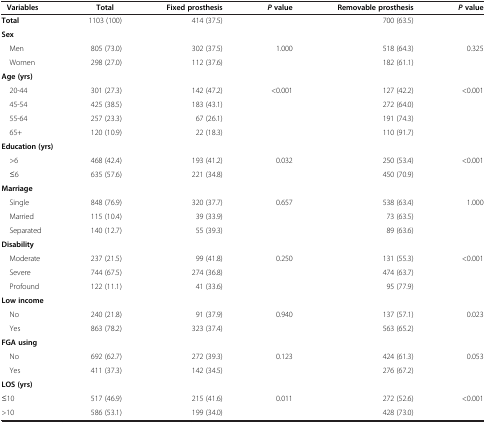
<table><thead><tr><td><b> Variables</b></td><td><b>Total</b></td><td><b>Fixed prosthesis</b></td><td><b><i>P </i>value</b></td><td><b>Removable prosthesis</b></td><td><b><i>P </i>value</b></td></tr></thead><tbody><tr><td><b>Total</b></td><td>1103 (100)</td><td>414 (37.5)</td><td> </td><td>700 (63.5)</td><td> </td></tr><tr><td><b>Sex</b></td><td> </td><td> </td><td> </td><td> </td><td> </td></tr><tr><td> Men</td><td>805 (73.0)</td><td>302 (37.5)</td><td>1.000</td><td>518 (64.3)</td><td>0.325</td></tr><tr><td> Women</td><td>298 (27.0)</td><td>112 (37.6)</td><td> </td><td>182 (61.1)</td><td> </td></tr><tr><td><b>Age (yrs)</b></td><td> </td><td> </td><td> </td><td> </td><td> </td></tr><tr><td> 20-44</td><td>301 (27.3)</td><td>142 (47.2)</td><td>&lt;0.001</td><td>127 (42.2)</td><td>&lt;0.001</td></tr><tr><td> 45-54</td><td>425 (38.5)</td><td>183 (43.1)</td><td> </td><td>272 (64.0)</td><td> </td></tr><tr><td> 55-64</td><td>257 (23.3)</td><td>67 (26.1)</td><td> </td><td>191 (74.3)</td><td> </td></tr><tr><td> 65+</td><td>120 (10.9)</td><td>22 (18.3)</td><td> </td><td>110 (91.7)</td><td> </td></tr><tr><td colspan="2"><b>Education (yrs)</b></td><td> </td><td> </td><td> </td><td> </td></tr><tr><td> &gt;6</td><td>468 (42.4)</td><td>193 (41.2)</td><td>0.032</td><td>250 (53.4)</td><td>&lt;0.001</td></tr><tr><td> ≤6</td><td>635 (57.6)</td><td>221 (34.8)</td><td> </td><td>450 (70.9)</td><td> </td></tr><tr><td><b>Marriage</b></td><td> </td><td> </td><td> </td><td> </td><td> </td></tr><tr><td> Single</td><td>848 (76.9)</td><td>320 (37.7)</td><td>0.657</td><td>538 (63.4)</td><td>1.000</td></tr><tr><td> Married</td><td>115 (10.4)</td><td>39 (33.9)</td><td> </td><td>73 (63.5)</td><td> </td></tr><tr><td> Separated</td><td>140 (12.7)</td><td>55 (39.3)</td><td> </td><td>89 (63.6)</td><td> </td></tr><tr><td><b>Disability</b></td><td> </td><td> </td><td> </td><td> </td><td> </td></tr><tr><td> Moderate</td><td>237 (21.5)</td><td>99 (41.8)</td><td>0.250</td><td>131 (55.3)</td><td>&lt;0.001</td></tr><tr><td> Severe</td><td>744 (67.5)</td><td>274 (36.8)</td><td> </td><td>474 (63.7)</td><td> </td></tr><tr><td> Profound</td><td>122 (11.1)</td><td>41 (33.6)</td><td> </td><td>95 (77.9)</td><td> </td></tr><tr><td><b>Low income</b></td><td> </td><td> </td><td> </td><td> </td><td> </td></tr><tr><td> No</td><td>240 (21.8)</td><td>91 (37.9)</td><td>0.940</td><td>137 (57.1)</td><td>0.023</td></tr><tr><td> Yes</td><td>863 (78.2)</td><td>323 (37.4)</td><td> </td><td>563 (65.2)</td><td> </td></tr><tr><td><b>FGA using</b></td><td> </td><td> </td><td> </td><td> </td><td> </td></tr><tr><td> No</td><td>692 (62.7)</td><td>272 (39.3)</td><td>0.123</td><td>424 (61.3)</td><td>0.053</td></tr><tr><td> Yes</td><td>411 (37.3)</td><td>142 (34.5)</td><td> </td><td>276 (67.2)</td><td> </td></tr><tr><td><b>LOS (yrs)</b></td><td> </td><td> </td><td> </td><td> </td><td> </td></tr><tr><td>≤10</td><td>517 (46.9)</td><td>215 (41.6)</td><td>0.011</td><td>272 (52.6)</td><td>&lt;0.001</td></tr><tr><td>&gt;10</td><td>586 (53.1)</td><td>199 (34.0)</td><td> </td><td>428 (73.0)</td><td> </td></tr></tbody></table>